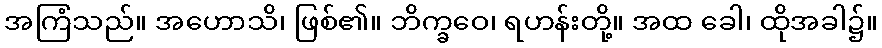
အကြံသည်။ အဟောသိ၊ ဖြစ်၏။ ဘိက္ခဝေ၊ ရဟန်းတို့။ အထ ခေါ၊ ထိုအခါ၌။